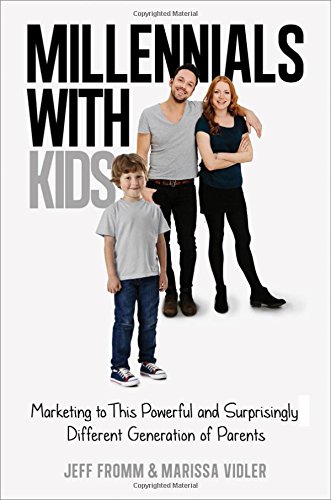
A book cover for Millennials with Kids: Marketing to This Powerful and Surprisingly Different Generation of Parents; Jeff Fromm; Politics & Social Sciences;